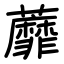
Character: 蘼